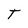
Character: T